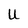
Character: U